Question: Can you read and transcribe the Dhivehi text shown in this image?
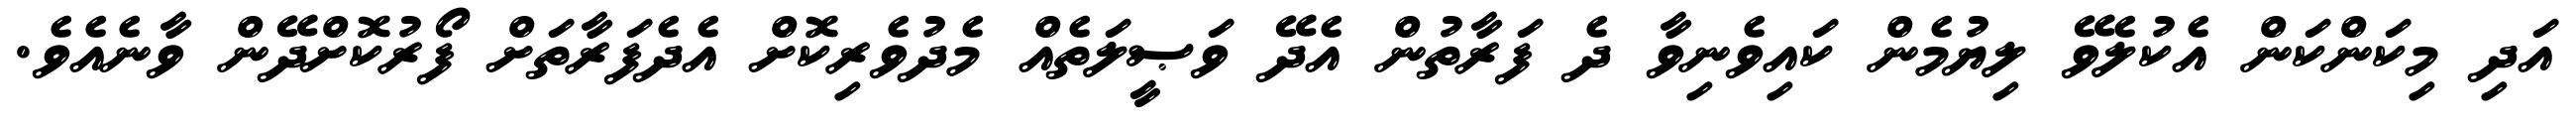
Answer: އަދި މިކަންކަން އެކުލެވޭ ލިޔުމެން ކައިވެނިވާ ދެ ފަރާތުން އެދޭ ވަޞީލަތެއް މެދުވެރިކޮށް އެދެފަރާތަށް ފޯރުކޮށްދޭން ވާނެއެވެ.